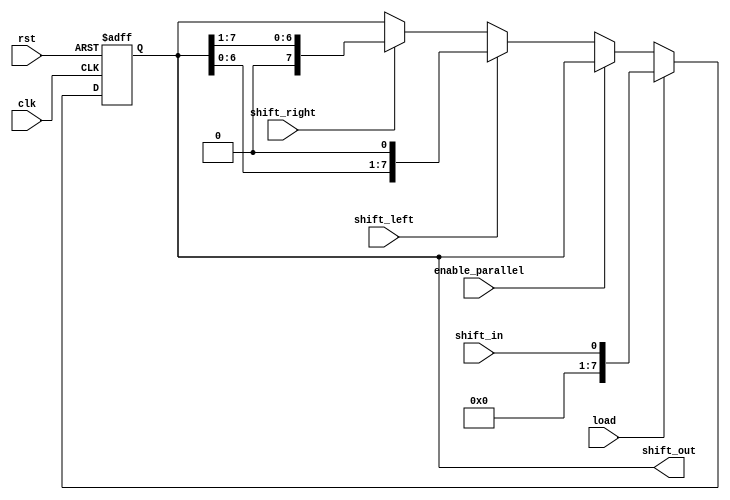
module Universal_Shift_Register (
    input wire clk,
    input wire rst,
    input wire shift_in,
    input wire enable_parallel,
    input wire shift_left,
    input wire shift_right,
    input wire load,
    output reg [7:0] shift_out
);

reg [7:0] data_reg;

always @(posedge clk or posedge rst) begin
    if (rst) begin
        data_reg <= 8'b00000000;
    end else begin
        if (load) begin
            data_reg <= shift_in;
        end else if (enable_parallel) begin
            data_reg <= data_reg;
        end else begin
            if (shift_left) begin
                data_reg <= data_reg << 1;
            end else if (shift_right) begin
                data_reg <= data_reg >> 1;
            end
        end
    end
end

assign shift_out = data_reg;

endmodule